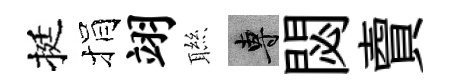
挺捐翊聮專閟𧶠